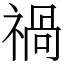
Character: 禍